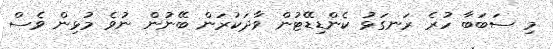
މި ސަބަބާ ހުރެ ރަނގަޅު ކެންޑިޑޭޓުން ވާދަކުރަން ބޭނުން ނުވެ މުޅިން ވެސް